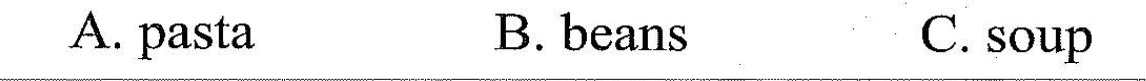
A.pustm B. BcansC. Saup